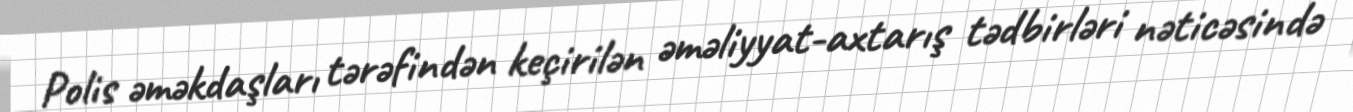
Polis əməkdaşları tərəfindən keçirilən əməliyyat-axtarış tədbirləri nəticəsində